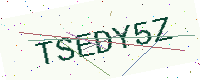
Text: TSEDY5Z